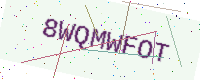
Text: 8WQMWFOT